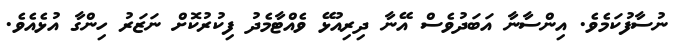
ނުސާފުކަމެވެ. އިންސާނާ އަބަދުވެސް އޭނާ ދިރިއުޅޭ ވެއްޓާމެދު ފިކުރުކޮށް ނަޒަރު ހިންގާ އުޅެއެވެ.